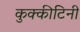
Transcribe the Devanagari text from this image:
कुक्कीटिनी